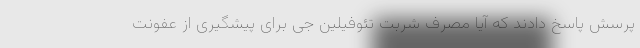
پرسش پاسخ دادند که آیا مصرف شربت تئوفیلین جی برای پیشگیری از عفونت